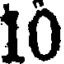
10